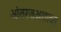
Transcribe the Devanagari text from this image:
आंतरजअलावर